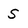
Character: S